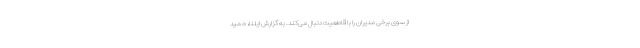
از سوی برخی مدیران را با قاطعیت دنبال می‌کند. به گزارش ایلنا، حمید